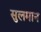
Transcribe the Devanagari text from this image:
सुलमान